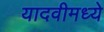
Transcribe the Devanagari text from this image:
यादवीमध्ये